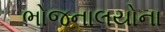
ભોજનાલયોના